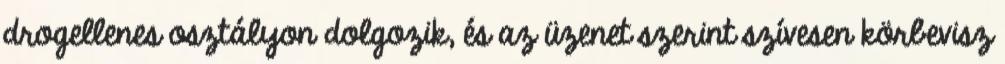
drogellenes osztályon dolgozik, és az üzenet szerint szívesen körbevisz